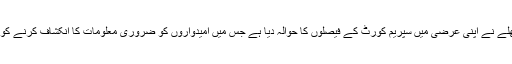
ساکیت گوکھلے نے اپنی عرضی میں سپریم کورٹ کے فیصلوں کا حوالہ دیا ہے جس میں امیدواروں کو ضروری معلومات کا انکشاف کرنے کو کہا گیا ہے۔